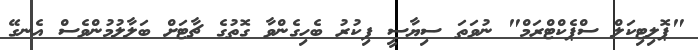
"ޕޮލިޓިކަލް ސްޕެކްޓްރަމް" ނުވަތަ ސިޔާސީ ފިކުރު ބެހިގެންވާ ގޮތުގެ ޗާޓަށް ބަލާލުމުންވެސް އެނގޭ